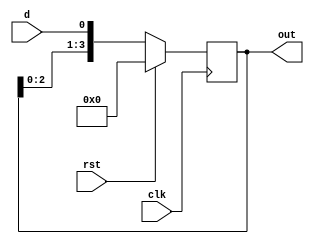
// A 4-bit left shift register.

module left_shift_register_behavioral (
    input            clk,           // clk
    input            rst,           // Reset
    input            d,             // d
    output reg [3:0] out);          // out

    // LEFT SHIFT REGISTER
    // ALWAYS BLOCK with NON-BLOCKING PROCEDURAL ASSIGNMENT STATEMENT
    always @ (posedge clk) begin
        if (rst) begin
            out <= 4'b0000;
        end else begin
            out <= {out[2:0], d};
        end
    end

endmodule